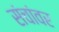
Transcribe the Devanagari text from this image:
संचांवर